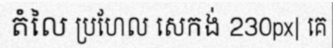
តំលៃ ប្រហែល សេកង់ 230px| គេ